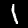
Label: 1